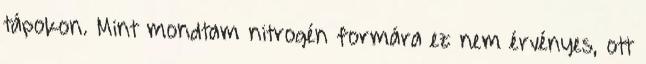
tápokon. Mint mondtam nitrogén formára ez nem érvényes, ott